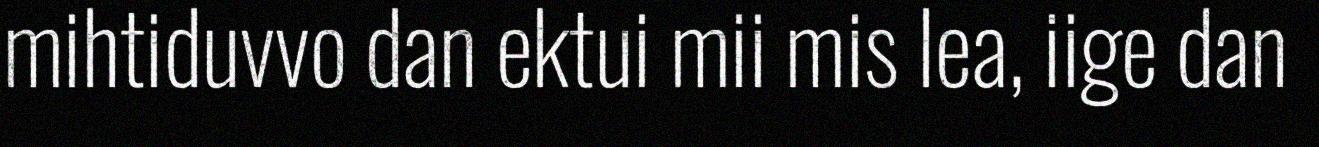
mihtiduvvo dan ektui mii mis lea, iige dan